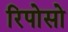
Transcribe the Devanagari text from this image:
रिपोसो